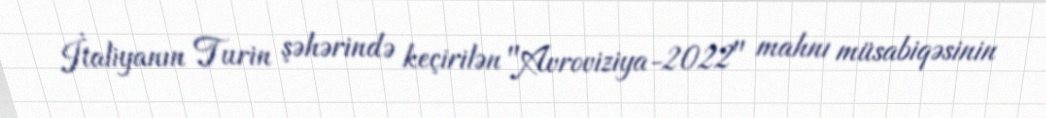
İtaliyanın Turin şəhərində keçirilən "Avroviziya-2022" mahnı müsabiqəsinin